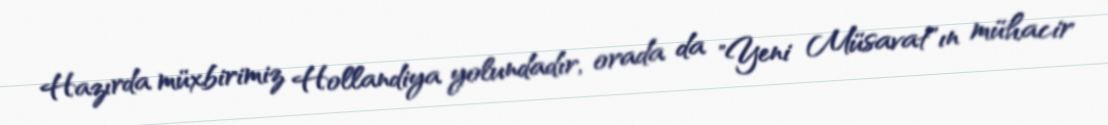
Hazırda müxbirimiz Hollandiya yolundadır, orada da "Yeni Müsavat"ın mühacir